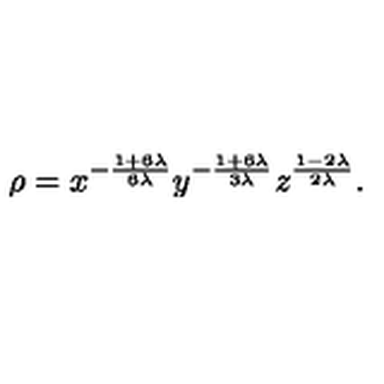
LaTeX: \rho = { x ^ { - \frac { 1 + 6 \lambda } { 6 \lambda } } y ^ { - \frac { 1 + 6 \lambda } { 3 \lambda } } z ^ { \frac { 1 - 2 \lambda } { 2 \lambda } } } .